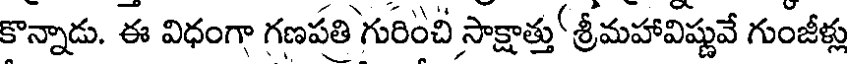
కొన్నాడు. ఈ విధంగా గణపతి గురించి సాక్షాత్తు' శ్రీమహావిష్ణువే గుంజీళ్లు